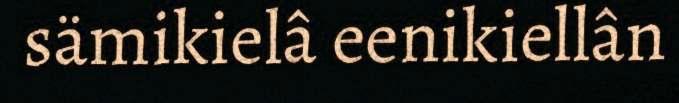
sämikielâ eenikiellân